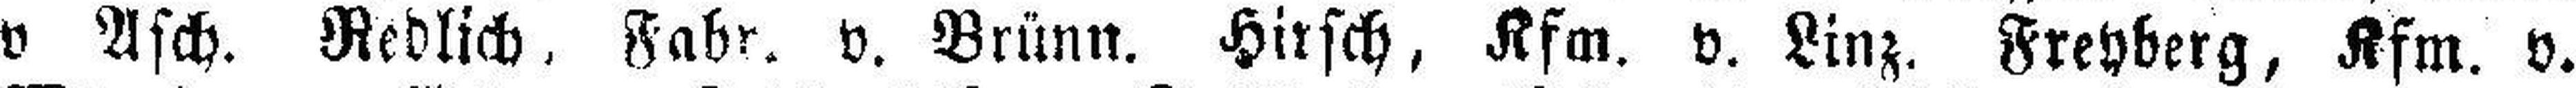
v Asch. Redlich. Fabr. v. Brünn. Hirsch, Kfm. v. Linz. Freyberg, Kfm. v.